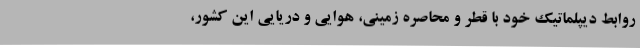
روابط دیپلماتیک خود با قطر و محاصره زمینی، هوایی و دریایی این کشور،